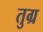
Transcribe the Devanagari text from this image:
तुग्र